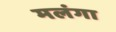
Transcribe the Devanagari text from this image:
मलंगा